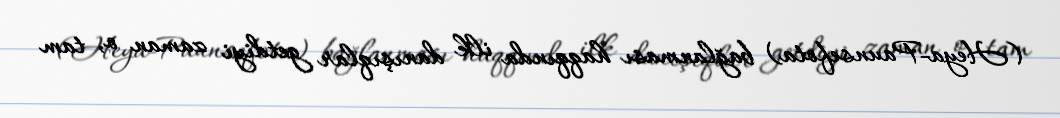
(Heya-Paunsefota) bağlanması haqqında ilk danışıqlar getdiyi zaman o, tam